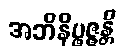
အဘိနိပ္ဖဇ္ဇန္တိ